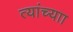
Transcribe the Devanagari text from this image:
त्यांच्याा